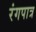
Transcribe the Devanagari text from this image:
रंगपात्र